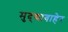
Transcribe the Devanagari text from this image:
मुद्द्याबाहेर